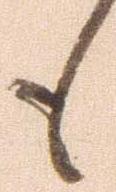
も